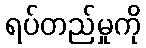
ရပ်တည်မှုကို